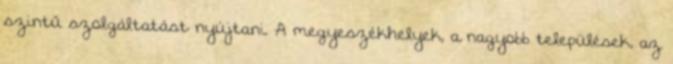
szintű szolgáltatást nyújtani. A megyeszékhelyek, a nagyobb települések, az